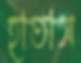
হাতাস